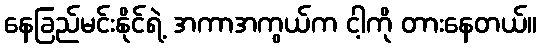
နေခြည်မင်းနိုင်ရဲ့ အကာအကွယ်က ငါ့ကို တားနေတယ်။